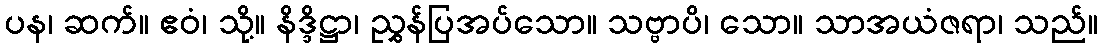
ပန၊ ဆက်။ ဧဝံ၊ သို့။ နိဒ္ဒိဋ္ဌာ၊ ညွှန်ပြအပ်သော။ သဗ္ဗာပိ၊ သော။ သာအယံဇရာ၊ သည်။